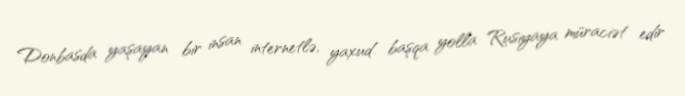
Donbasda yaşayan bir insan internetlə, yaxud başqa yolla Rusiyaya müraciət edir